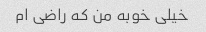
خیلی خوبه من که راضی ام